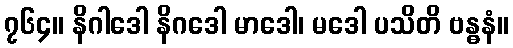
၇၆၄။ နိဂါဒေါ နိဂဒေါ မာဒေါ၊ မဒေါ ပသိတိ ဗန္ဓနံ။